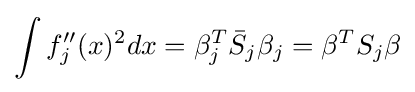
\int f_{j}^{\prime \prime }(x)^{2}dx=\beta _{j}^{T}{\bar {S}}_{j}\beta _{j}=\beta ^{T}S_{j}\beta